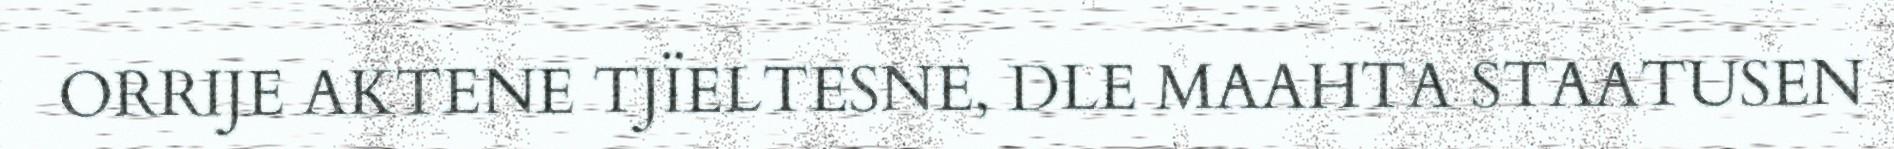
ORRIJE AKTENE TJÏELTESNE, DLE MAAHTA STAATUSEN